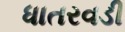
ધાતરવડી